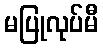
မပြုလုပ်မီ